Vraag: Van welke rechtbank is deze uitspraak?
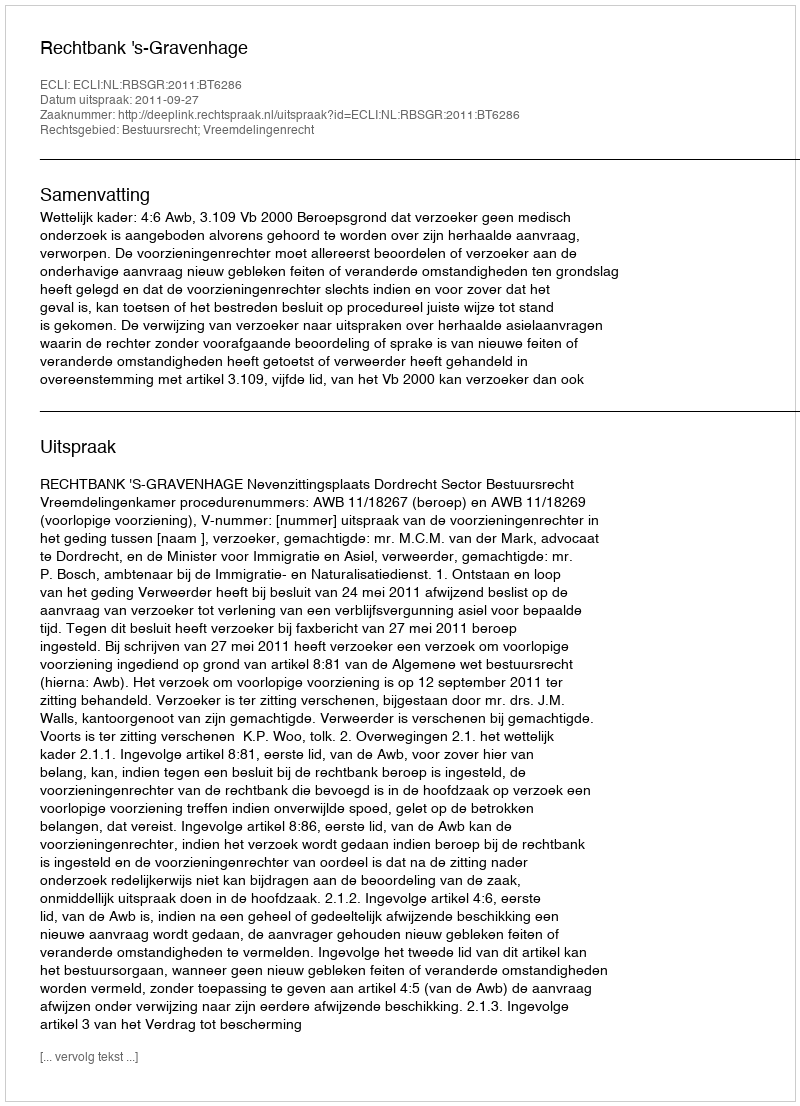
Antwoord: Rechtbank 's-Gravenhage